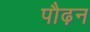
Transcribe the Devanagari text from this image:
पौढ़न